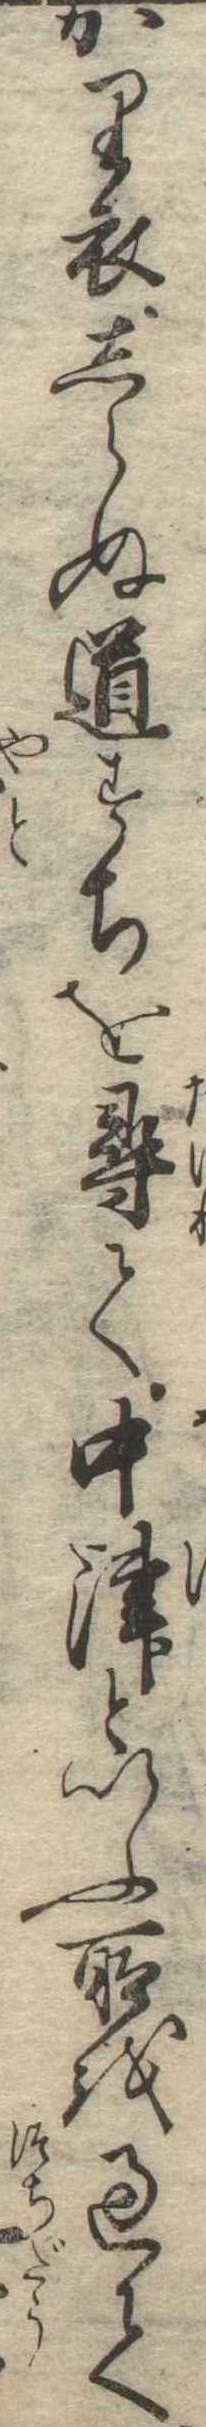
かり衣しらぬ道すちを尋て中津といふ所を過て